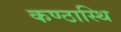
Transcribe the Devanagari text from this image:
कण्ठास्थि